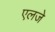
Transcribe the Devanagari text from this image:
एलजे